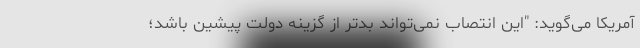
آمریکا می‌گوید: "این انتصاب نمی‌تواند بدتر از گزینه دولت پیشین باشد؛